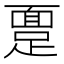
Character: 𫏔